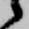
候